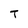
Character: T